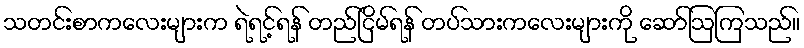
သတင်းစာကလေးများက ရဲရင့်ရန် တည်ငြိမ်ရန် တပ်သားကလေးများကို ဆော်ဩကြသည်။